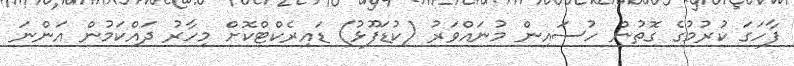
ފާހަގަ ކުރުމުގެ ގޮތުން ހުސައިން މުނައްވަރު (ކުޑަފޫޅު) ޑައިރެކްޓްކޮށް މިހާރު ދައްކަމުން އަންނަ